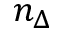
n _ { \Delta }